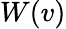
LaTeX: W(v)